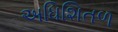
અધિશિતળ